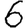
Digit: 6